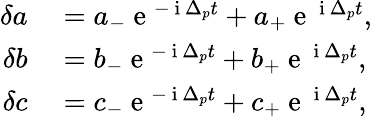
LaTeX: \begin{array}{rl}{\delta a}&{{}=a_{-}\mathrm{~e~}^{-\mathrm{~i~}\Delta_{p}t}+a_{+}\mathrm{~e~}^{\mathrm{~i~}\Delta_{p}t},}\\ {\delta b}&{{}=b_{-}\mathrm{~e~}^{-\mathrm{~i~}\Delta_{p}t}+b_{+}\mathrm{~e~}^{\mathrm{~i~}\Delta_{p}t},}\\ {\delta c}&{{}=c_{-}\mathrm{~e~}^{-\mathrm{~i~}\Delta_{p}t}+c_{+}\mathrm{~e~}^{\mathrm{~i~}\Delta_{p}t},}\end{array}